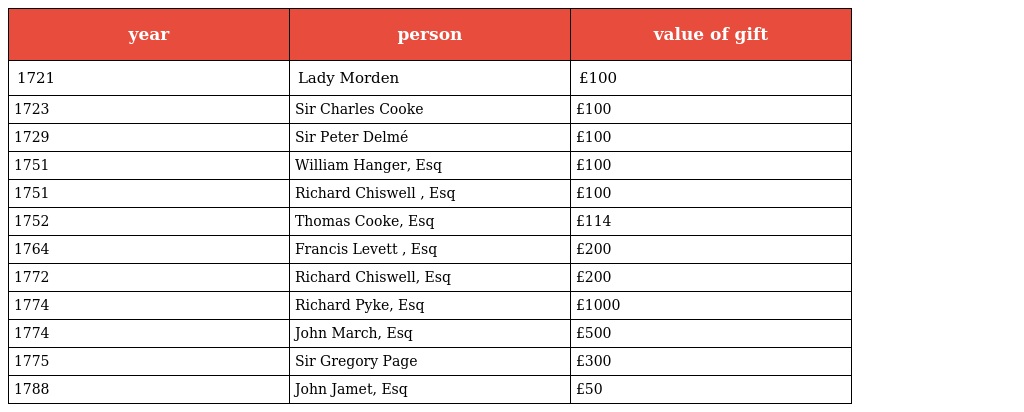
| year | person | value of gift |
 | --- | --- | --- |
 | 1721 | Lady Morden | £100 |
 | 1723 | Sir Charles Cooke | £100 |
 | 1729 | Sir Peter Delmé | £100 |
 | 1751 | William Hanger, Esq | £100 |
 | 1751 | Richard Chiswell , Esq | £100 |
 | 1752 | Thomas Cooke, Esq | £114 |
 | 1764 | Francis Levett , Esq | £200 |
 | 1772 | Richard Chiswell, Esq | £200 |
 | 1774 | Richard Pyke, Esq | £1000 |
 | 1774 | John March, Esq | £500 |
 | 1775 | Sir Gregory Page | £300 |
 | 1788 | John Jamet, Esq | £50 |